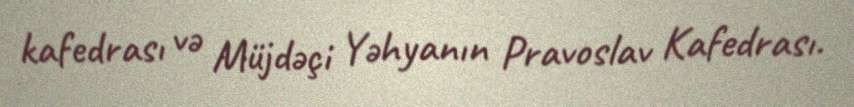
kafedrası və Müjdəçi Yəhyanın Pravoslav Kafedrası.